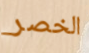
الخصر